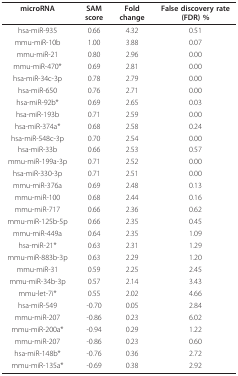
<table><thead><tr><td><b>microRNA</b></td><td><b>SAM score</b></td><td><b>Fold change</b></td><td><b>False discovery rate (FDR) %</b></td></tr></thead><tbody><tr><td>hsa-miR-935</td><td>0.66</td><td>4.32</td><td>0.51</td></tr><tr><td>mmu-miR-10b</td><td>1.00</td><td>3.88</td><td>0.07</td></tr><tr><td>mmu-miR-21</td><td>0.80</td><td>2.96</td><td>0.00</td></tr><tr><td>mmu-miR-470*</td><td>0.69</td><td>2.81</td><td>0.00</td></tr><tr><td>hsa-miR-34c-3p</td><td>0.78</td><td>2.79</td><td>0.00</td></tr><tr><td>hsa-miR-650</td><td>0.76</td><td>2.71</td><td>0.00</td></tr><tr><td>hsa-miR-92b*</td><td>0.69</td><td>2.65</td><td>0.03</td></tr><tr><td>hsa-miR-193b</td><td>0.71</td><td>2.59</td><td>0.00</td></tr><tr><td>hsa-miR-374a*</td><td>0.68</td><td>2.58</td><td>0.24</td></tr><tr><td>hsa-miR-548c-3p</td><td>0.70</td><td>2.54</td><td>0.00</td></tr><tr><td>hsa-miR-33b</td><td>0.66</td><td>2.53</td><td>0.57</td></tr><tr><td>mmu-miR-199a-3p</td><td>0.71</td><td>2.52</td><td>0.00</td></tr><tr><td>hsa-miR-330-3p</td><td>0.71</td><td>2.51</td><td>0.00</td></tr><tr><td>mmu-miR-376a</td><td>0.69</td><td>2.48</td><td>0.13</td></tr><tr><td>mmu-miR-100</td><td>0.68</td><td>2.44</td><td>0.16</td></tr><tr><td>mmu-miR-717</td><td>0.66</td><td>2.36</td><td>0.62</td></tr><tr><td>mmu-miR-125b-5p</td><td>0.66</td><td>2.35</td><td>0.45</td></tr><tr><td>mmu-miR-449a</td><td>0.64</td><td>2.35</td><td>1.09</td></tr><tr><td>hsa-miR-21*</td><td>0.63</td><td>2.31</td><td>1.29</td></tr><tr><td>mmu-miR-883b-3p</td><td>0.63</td><td>2.29</td><td>1.20</td></tr><tr><td>mmu-miR-31</td><td>0.59</td><td>2.25</td><td>2.45</td></tr><tr><td>mmu-miR-34b-3p</td><td>0.57</td><td>2.14</td><td>3.43</td></tr><tr><td>mmu-let-7i*</td><td>0.55</td><td>2.02</td><td>4.66</td></tr><tr><td>hsa-miR-549</td><td>-0.70</td><td>0.05</td><td>2.84</td></tr><tr><td>mmu-miR-207</td><td>-0.86</td><td>0.23</td><td>6.02</td></tr><tr><td>mmu-miR-200a*</td><td>-0.94</td><td>0.29</td><td>1.22</td></tr><tr><td>mmu-miR-207</td><td>-0.86</td><td>0.23</td><td>0.60</td></tr><tr><td>hsa-miR-148b*</td><td>-0.76</td><td>0.36</td><td>2.72</td></tr><tr><td>mmu-miR-135a*</td><td>-0.69</td><td>0.38</td><td>2.92</td></tr></tbody></table>